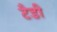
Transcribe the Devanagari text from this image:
टैडी